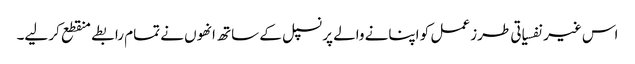
اس غیر نفسیاتی طرز عمل کو اپنانے والے پرنسپل کے ساتھ انھوں نے تمام رابطے منقطع کر لیے۔